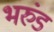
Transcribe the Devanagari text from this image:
भरुंड